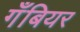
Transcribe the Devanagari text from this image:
गँबियर